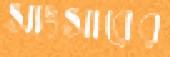
সাংসারের